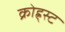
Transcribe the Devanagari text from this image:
क्रोह्र्स्ट